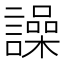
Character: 譟